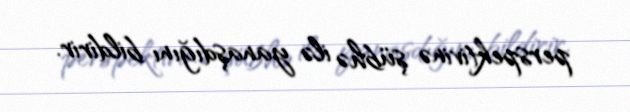
perspektivinə şübhə ilə yanaşdığını bildirir.